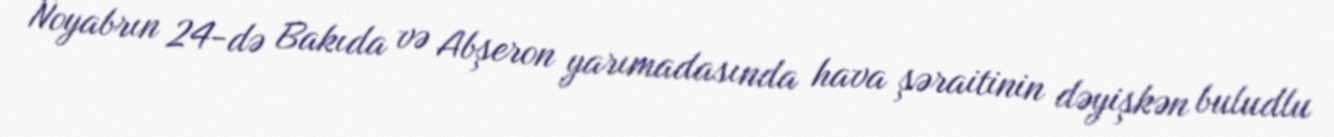
Noyabrın 24-də Bakıda və Abşeron yarımadasında hava şəraitinin dəyişkən buludlu